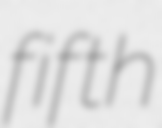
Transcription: fifth